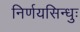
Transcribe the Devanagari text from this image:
निर्णयसिन्धुः